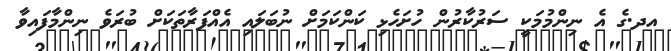
އދ.ގެ އެ ނިންމުމަކީ ސަރުކާރުން ހުށަހެޅި ކަންކަމަށް ނުބަލައި އެއްފަރާތަކަށް ބުރަވެ ނިންމާފައިވާ